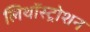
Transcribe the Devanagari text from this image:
लिथॉस्ट्रोशन